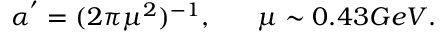
\alpha ^ { ' } = ( 2 \pi \mu ^ { 2 } ) ^ { - 1 } , ~ ~ ~ ~ ~ \mu \sim 0 . 4 3 G e V .